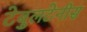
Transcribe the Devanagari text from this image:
टेबुलटेनीस